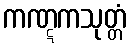
ကဏ္ဋကသုတ္တံ